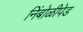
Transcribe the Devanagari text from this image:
निंबोळीपेड